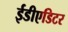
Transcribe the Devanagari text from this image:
ईडीएडिटर